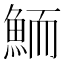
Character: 鮞